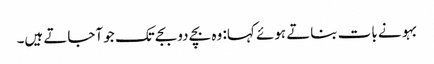
بہو نے بات بناتے ہوئے کہا: وہ بچے دو بجے تک جو آجاتے ہیں۔